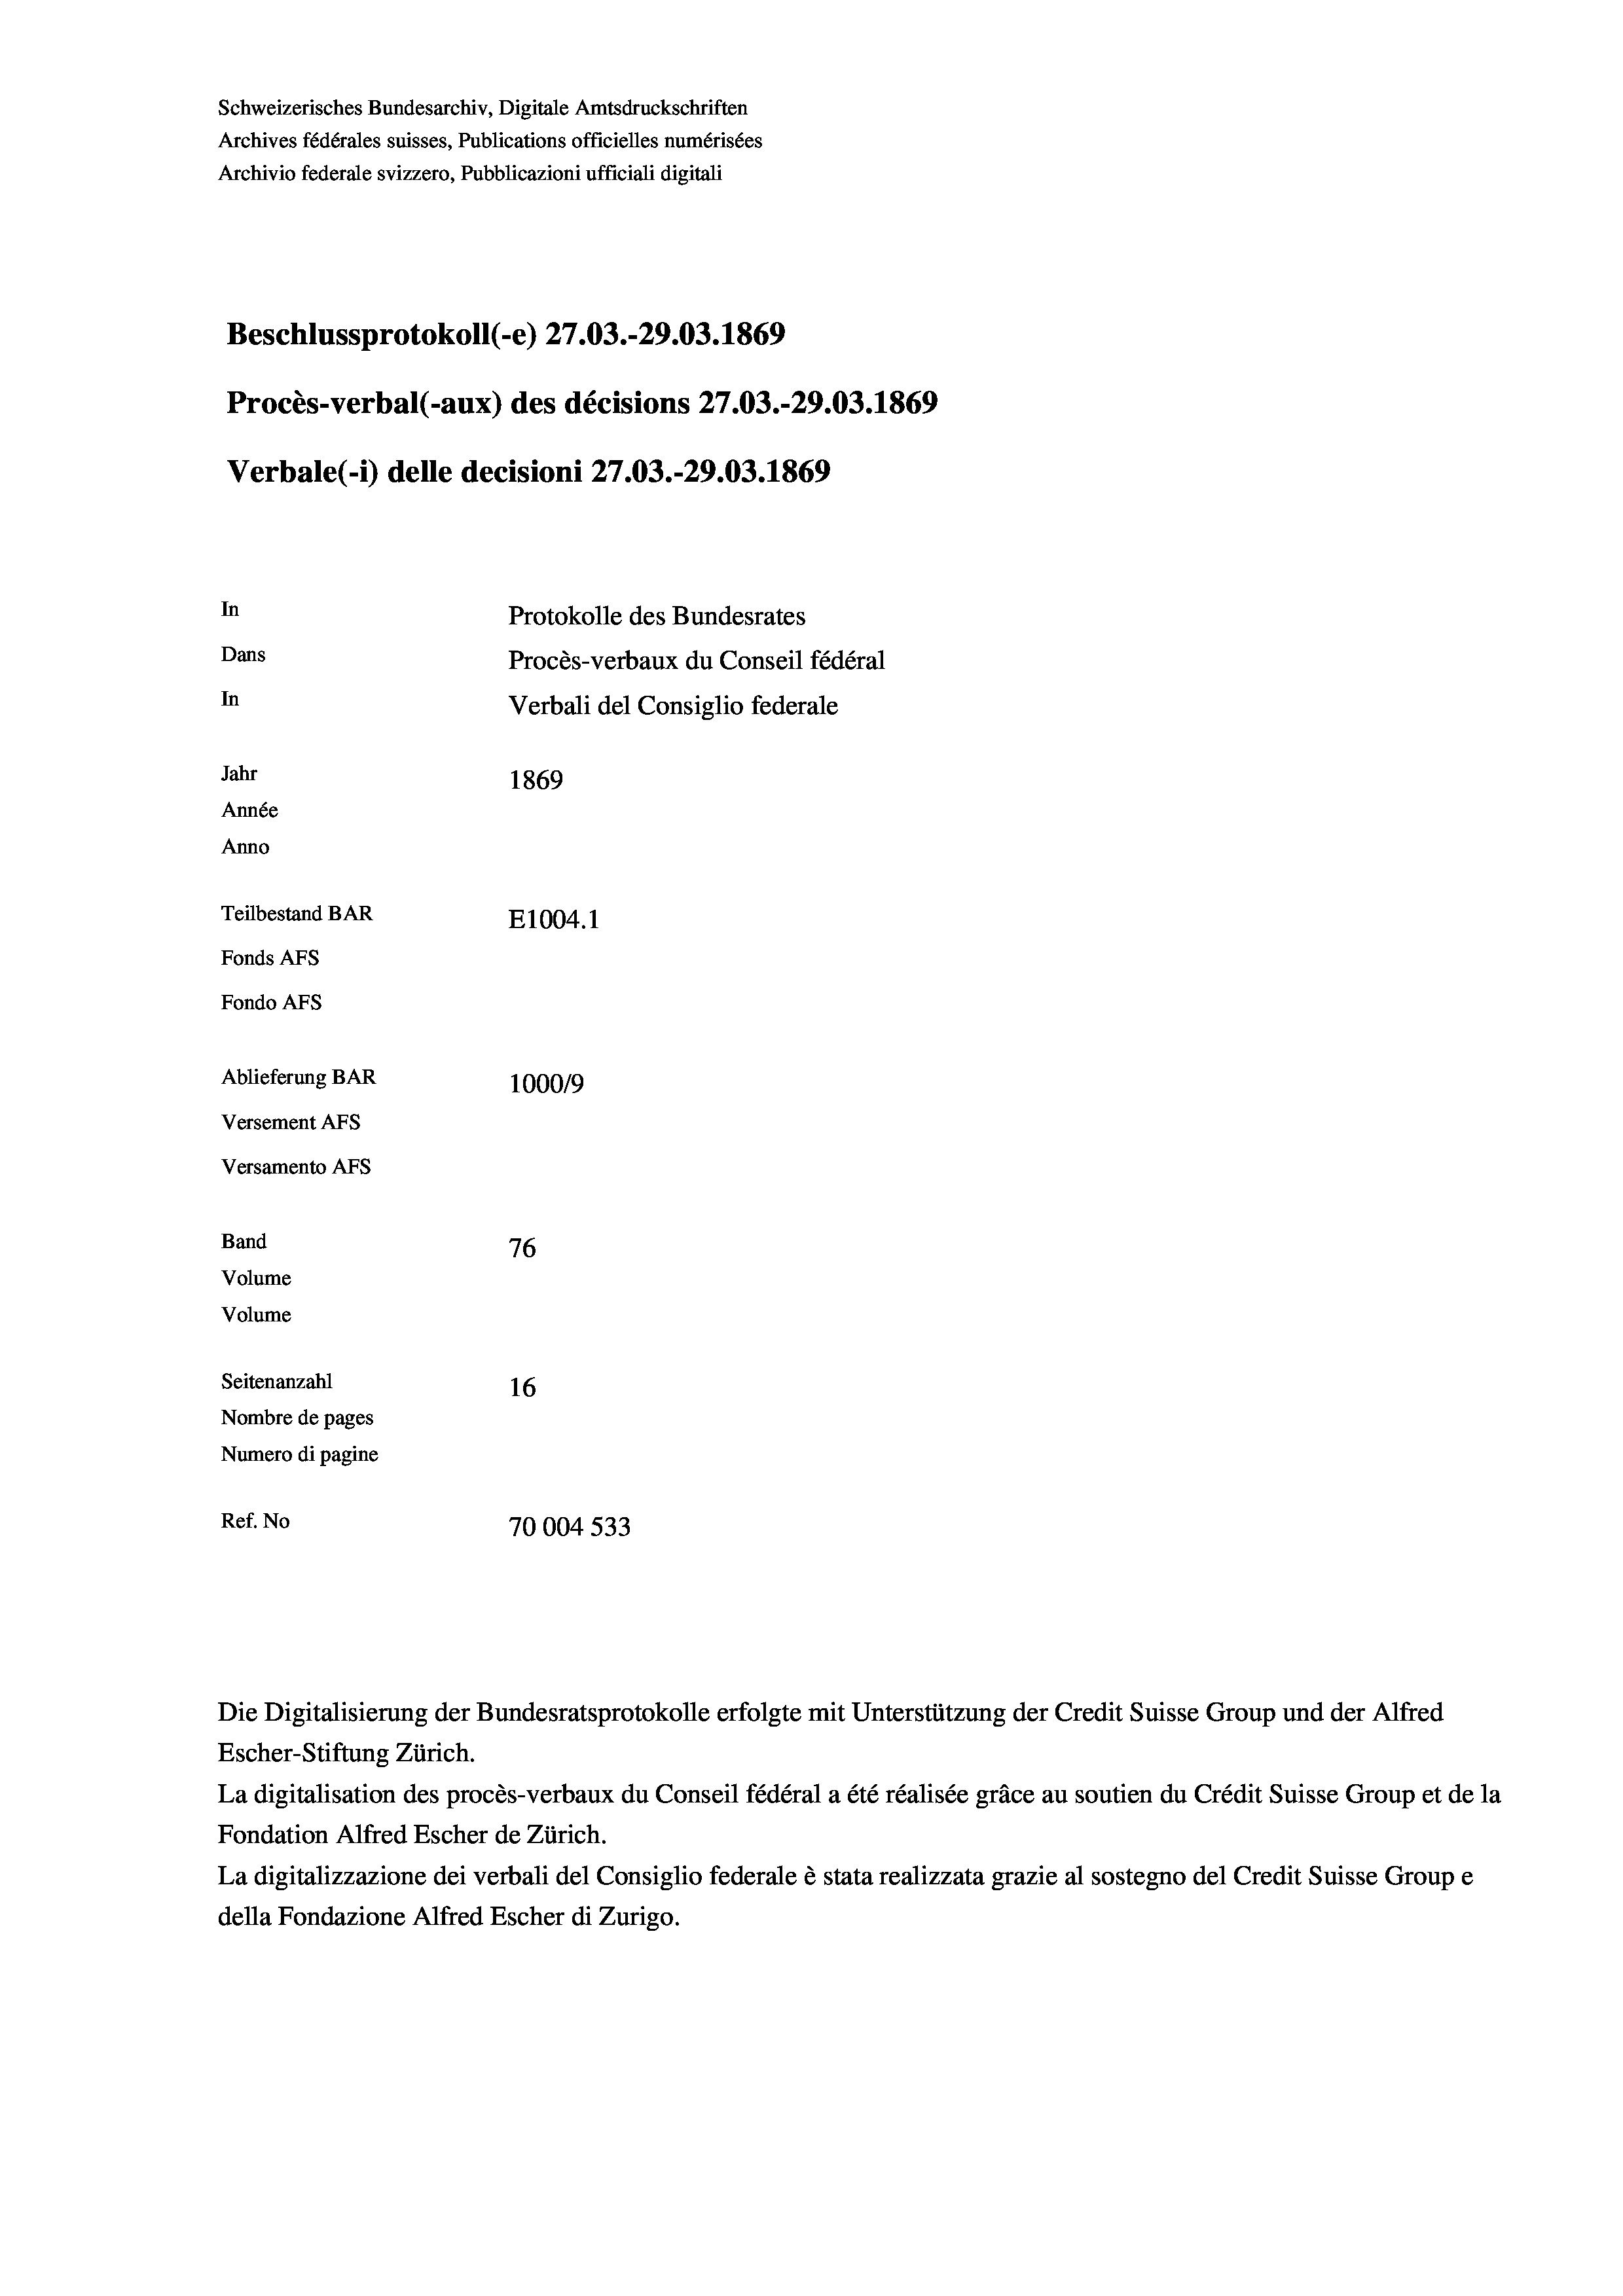
Schweizerisches Bundesarchiv, Digitale Amtsdruckschriften
Archives fédérales suisses, Publications officielles numérisées
Archivio federale svizzero, Pubblicazioni ufficiali digitali
Beschlussprotokoll (-e) 27.03.-29.03. 1869
Procès-verbal (-aux) des décisions 27.03.-29.03. 1869
Verbale(- 1) delle decisioni 27.03.-29.03. 1869
In
Protokolle des Bundesrates
Dans
Procès-verbaux du Conseil fédéral
In
Verbali del Consiglio federale
Jahr
1869
Année
Anno
Teilbestand BAR
E1004.1
Fonds AFs
Fondo AFS
Ablieferung BAR
100019
Versement AFs
Versamento AFs
Band
76
Volume
Volume

Seitenanzahl
16
Nombre de pages
Numero di pagine
Ref. No
70004 533

Escher-Stiftung Zürich.
La digitalisation des procès-verbaux du Conseil fédéral a été réalisée gräce au soutien du Crédit Suisse Group et de la
Fondation Alfred Escher de Zürich.
La digitalizzazione dei verbali del Consiglio federale è stata realizzata grazie al sostegno del Credit Suisse Groupe
della Fondazione Alfred Escher di Zurigo.

Die Digitalisierung der Bundesratsprotokolle erfolgte mit Unterstützung der Credit Suisse Group und der Alfred